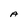
Character: A